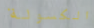
الكسولة